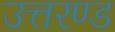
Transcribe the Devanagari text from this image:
उत्तरण्ड